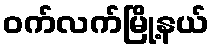
ဝက်လက်မြို့နယ်